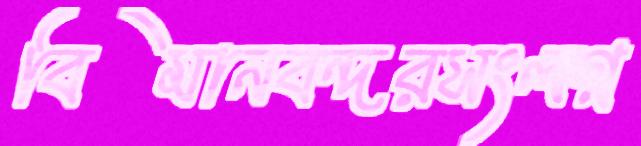
বিমানবন্দরসংলগ্ন